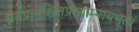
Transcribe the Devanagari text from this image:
सर्वप्रायश्चित्तप्रत्याम्नायभूतां